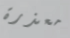
معذرة